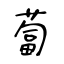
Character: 蔔